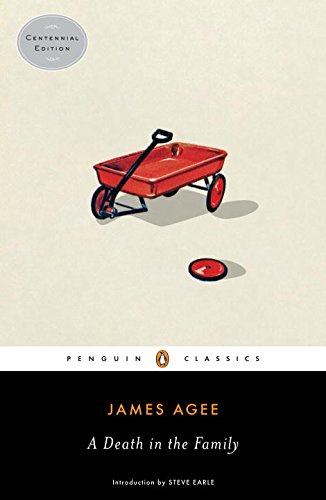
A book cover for A Death in the Family (Penguin Classics); James Agee; Mystery, Thriller & Suspense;